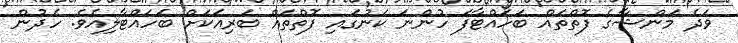
ވަދެ މަންޝާގެ ފޮތްތައް ބަހައްޓާފަ ހުންނަ ކަނުގައި ފޮތްތައް ބަރިއަކަށް ބަހައްޓާލިއެވެ. ހެދުން